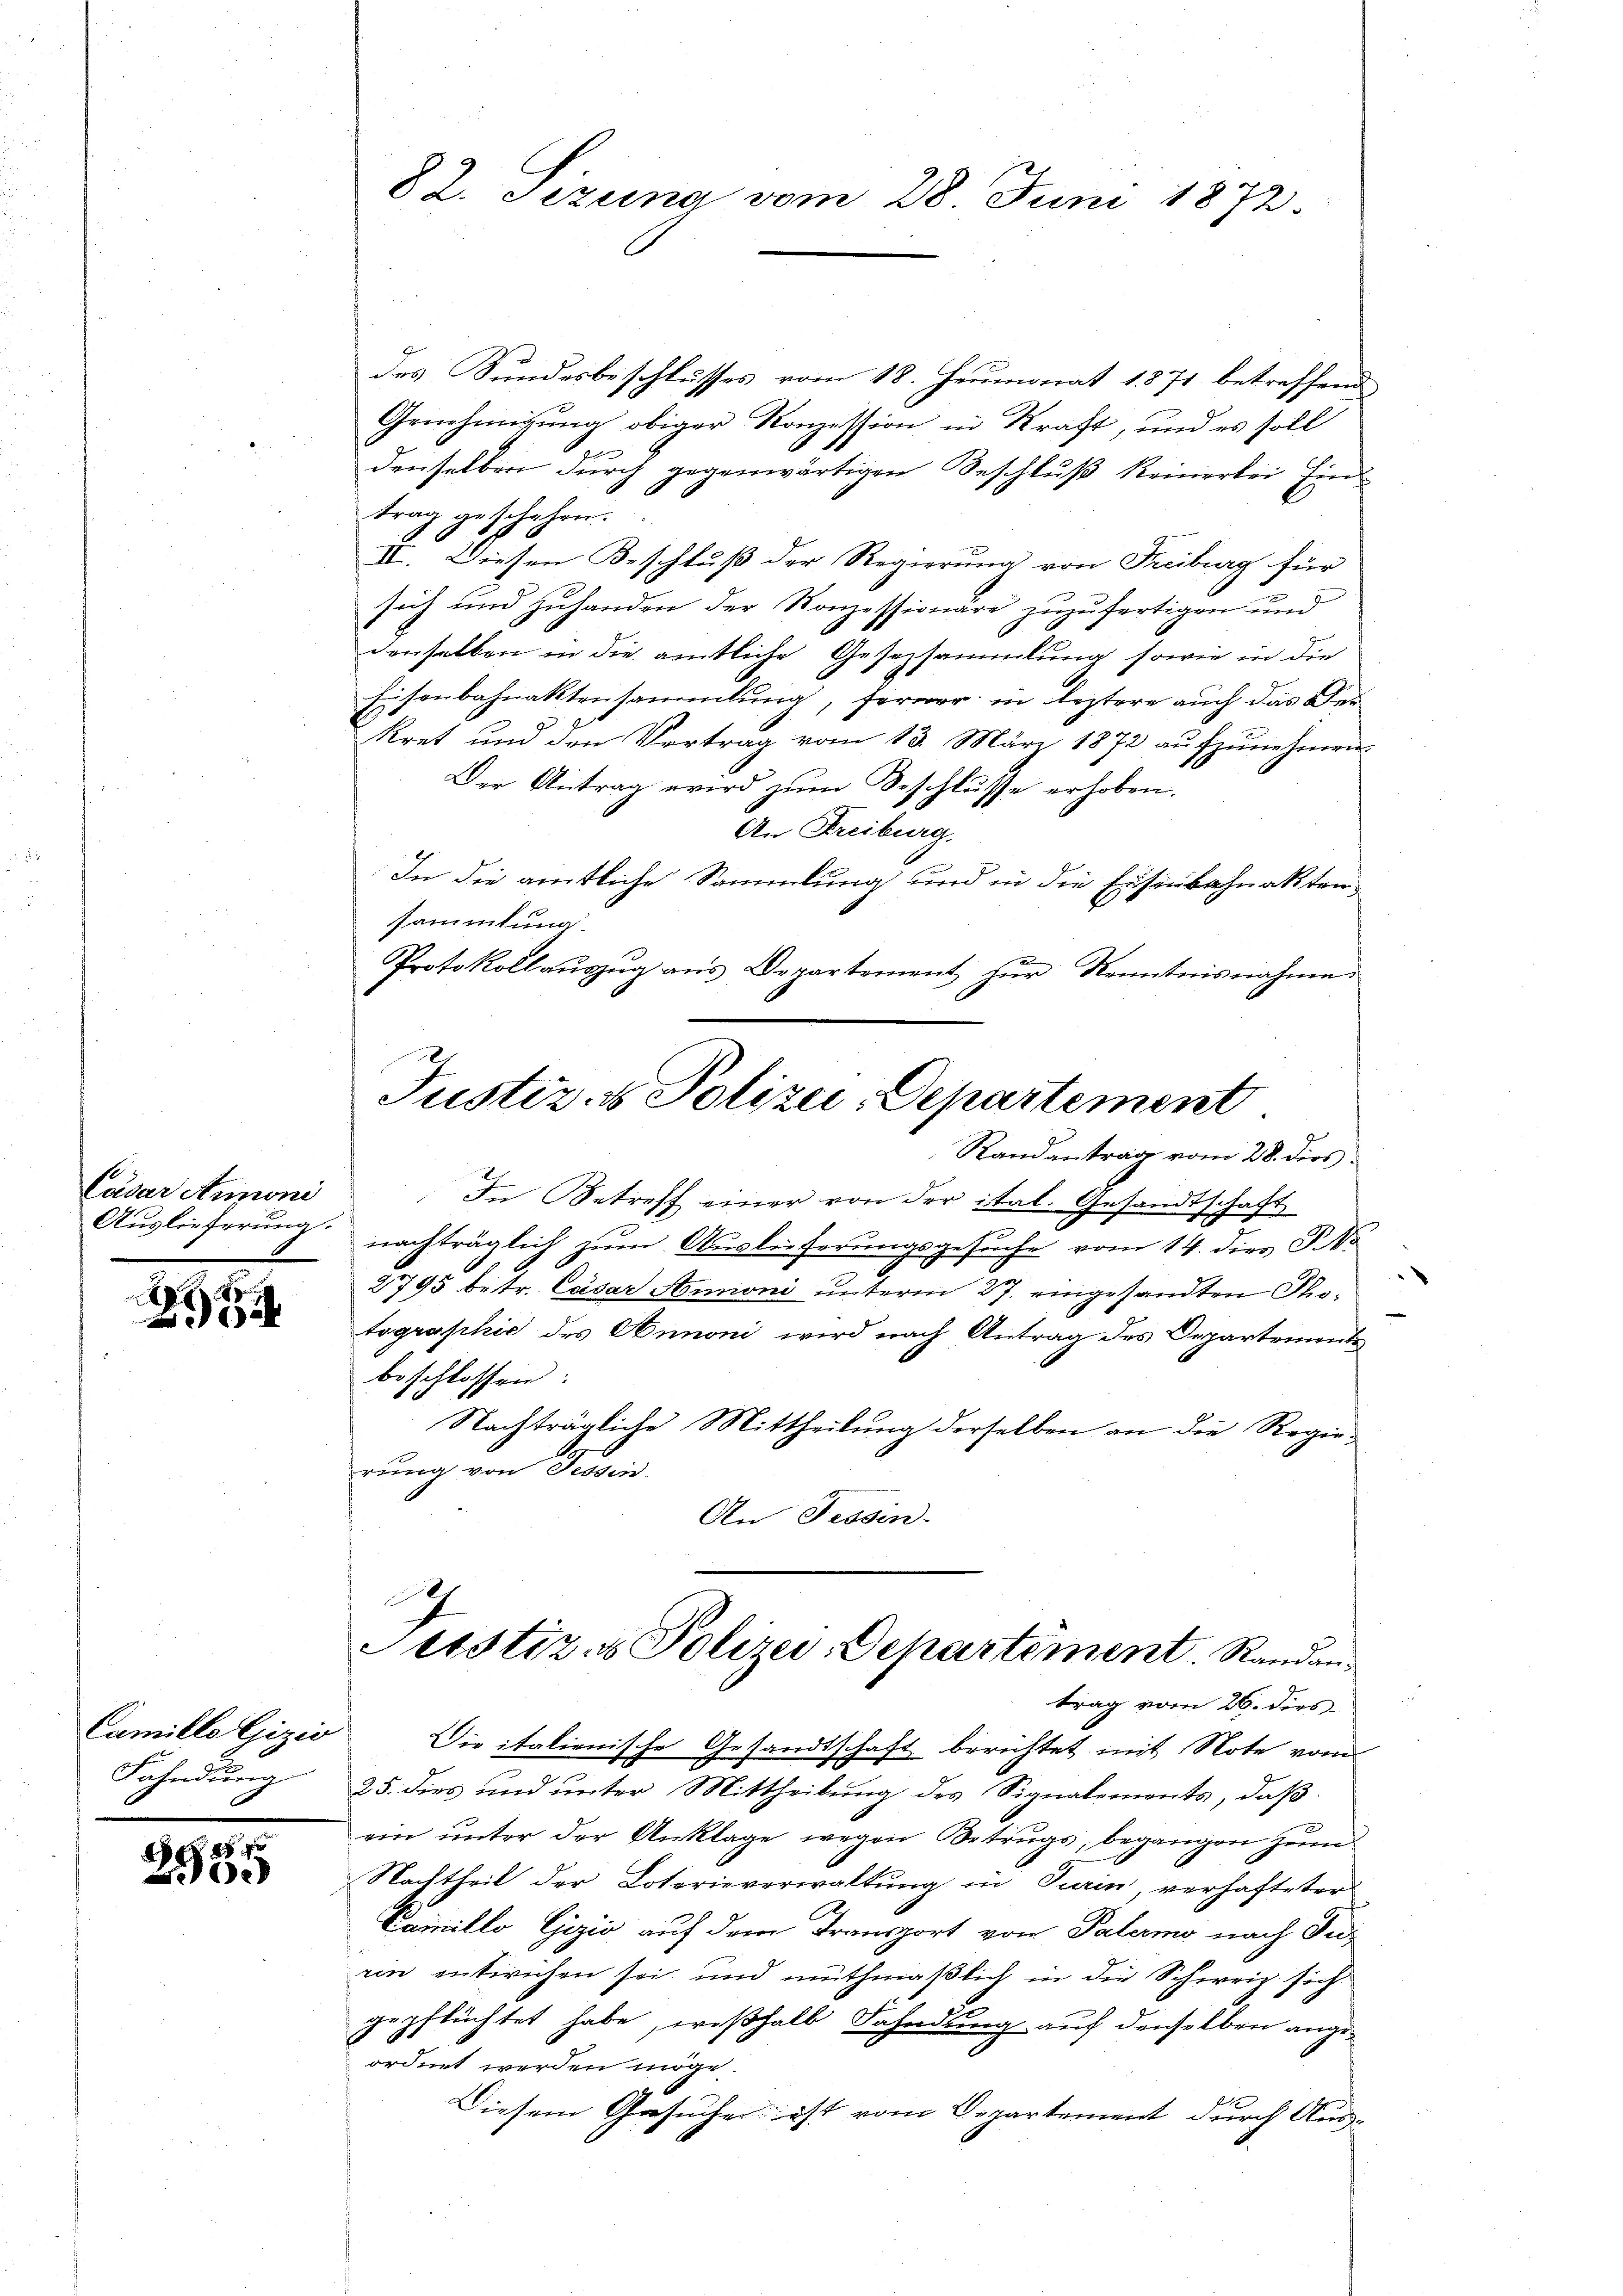
Cadar Annoni
Auslieferung.

A
2

Camillo Eizio
Fahndung
.

2950

82. Sezung vom 28. Juni 1872

des Bundesbeschlusses vom 18. Heumonat 1871 betreffend
Genehmigung obiger Konzession in Kraft, und es soll
denselben durch gegenwärtigen Beschluß keinerlei Eind
trag geschehen.
II. Diesen Beschluß der Regierung von Freiburg für
such und Zuhanden der Konzessionäre zuzufertigen und
denselben in die amtliche Gesetzsammlung sowie in die
Eisenbahnaktensammlung, ferner in leztere auch das Verkret und den Vertrag vom 13. März 1873 aufzunehmen.
Der Antrag wird zum Beschlusse erhoben.
An Freiburg.
In die amtliche Sammlung und in die Eisenbahnakten,
sammlung.
Protokollaŭszŭg ans Departement zŭr Kenntnisnahme
In Betreff einer von der ital. Gesandtschaft
nachträglich zum Auslieferungsgesuche vom 14. dies P. No
2795 betr. Cäsar Simoni unterm 27. eingesandten Photographie des Annoni wird nach Antrag des Departemont
beschlossen:
Nachträgliche Mittheilung derselben an die Regierung von Tessin.
An Tessin-
0
Justiz- & Polizei-Departement. Randantrag vom 26. dies
Die italienische Gesandtschaft berichtet mit Note vom
25. dies und unter Mittheilung des Signalements, daß
ein ŭnter der Anklage wegen Betrŭgs, begangen zŭm
Nachtheil der Loterieverwaltung in Turin, verhafteter
Camillo Gizio auf dem Transport von Palermo nach Ju-
ein entwichen sei und muthmaßlich in die Schweiz sich
gepflüchtet habe, weßhalb Fahndung auf denselben angeordnet werden möge
Diesem Gesuchen ist vom Departement durch Aus-

Justiz- & Polizei-Departement
Randantrag vom 28. dies